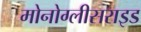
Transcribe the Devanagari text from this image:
मोनोग्लीसराइड